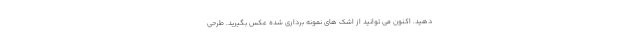
دهید. اکنون می توانید از اشک های نمونه برداری شده عکس بگیرید. طرحی